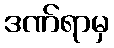
ဒဏ်ရာမှ